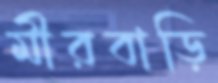
মীরবাড়ি